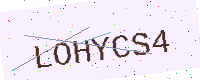
Text: LOHYCS4